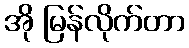
အို မြန်လိုက်တာ